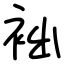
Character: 袦